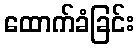
ထောက်ခံခြင်း